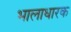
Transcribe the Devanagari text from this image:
भालाधारक